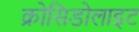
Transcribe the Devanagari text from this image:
क्रोसिडोलाइट